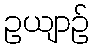
ဥယျာဉ်